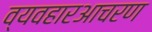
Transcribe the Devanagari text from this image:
व्यवहारआचरण